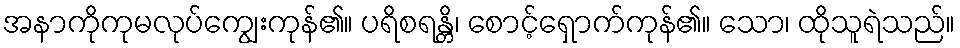
အနာကိုကုမလုပ်ကျွေးကုန်၏။ ပရိစရန္တိ၊ စောင့်ရှောက်ကုန်၏။ သော၊ ထိုသူရဲသည်။